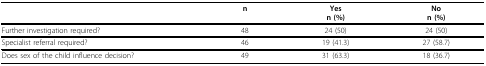
|  | n | Yesn (%) | Non (%) |
 | --- | --- | --- | --- |
 | Further investigation required? | 48 | 24 (50) | 24 (50) |
 | Specialist referral required? | 46 | 19 (41.3) | 27 (58.7) |
 | Does sex of the child influence decision? | 49 | 31 (63.3) | 18 (36.7) |